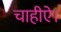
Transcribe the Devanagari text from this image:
चाहीऐ।